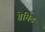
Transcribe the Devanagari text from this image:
ग्रेमिट